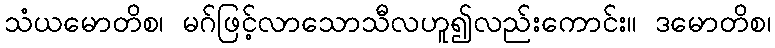
သံယမောတိစ၊ မဂ်ဖြင့်လာသောသီလဟူ၍လည်းကောင်း။ ဒမောတိစ၊